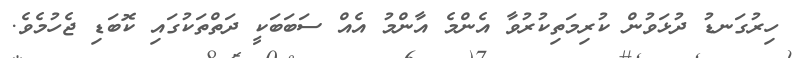
ހިރުގަނޑު ދުޅަވުން ކުރިމަތިކުރުވާ އެންމެ އާންމު އެއް ސަބަބަކީ ދަތްތަކުގައި ކޮބަޑި ޖެހުމެވެ.